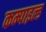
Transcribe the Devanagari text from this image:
कम्पाइल्ड